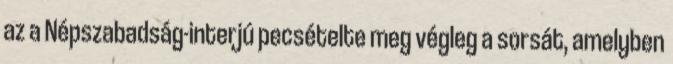
az a Népszabadság-interjú pecsételte meg végleg a sorsát, amelyben